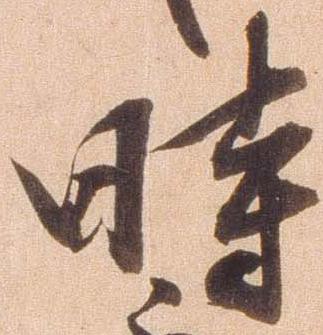
時